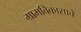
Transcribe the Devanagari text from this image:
ग्रामविकासाचे